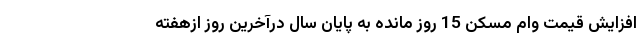
افزایش قیمت وام مسکن 15 روز مانده به پایان سال درآخرین روز ازهفته